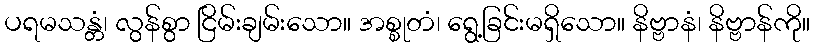
ပရမသန္တံ၊ လွန်စွာ ငြိမ်းချမ်းသော။ အစ္စုတံ၊ ရွေ့ခြင်းမရှိသော။ နိဗ္ဗာနံ၊ နိဗ္ဗာန်ကို။